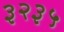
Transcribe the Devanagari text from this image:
३२३५